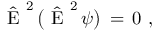
\begin{array} { r } { \hat { \mathrm { ~ E ~ } } ^ { 2 } \, \big ( \hat { \mathrm { ~ E ~ } } ^ { 2 } \, \psi \big ) \, = \, 0 \ , \ } \end{array}